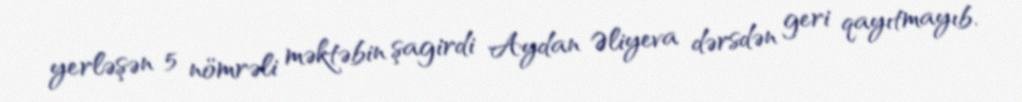
yerləşən 5 nömrəli məktəbin şagirdi Aydan Əliyeva dərsdən geri qayıtmayıb.